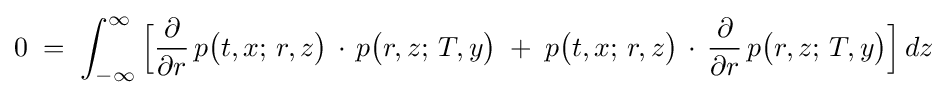
0\;=\;\int _{-\infty }^{\infty }{\Bigl [}{\frac {\partial }{\partial r}}\,p{\bigl (}t,x;\,r,z{\bigr )}\,\cdot \,p{\bigl (}r,z;\,T,y{\bigr )}\;+\;p{\bigl (}t,x;\,r,z{\bigr )}\,\cdot \,{\frac {\partial }{\partial r}}\,p{\bigl (}r,z;\,T,y{\bigr )}{\Bigr ]}\,dz